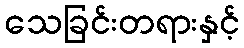
သေခြင်းတရားနှင့်